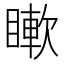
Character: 𥊡